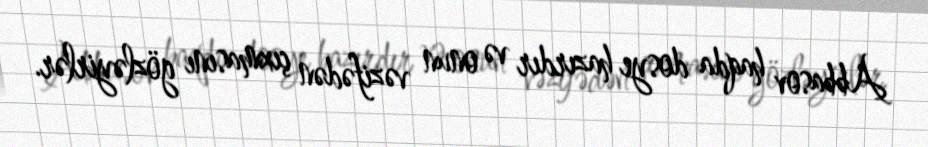
Abbasov haqda dosye hazırdır və onun vəzifədən çıxmasını gözləyirlər.